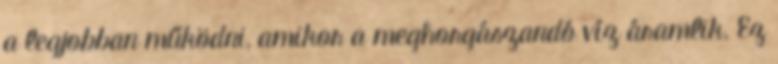
a legjobban működni, amikor a meghorgászandó víz áramlik. Ez